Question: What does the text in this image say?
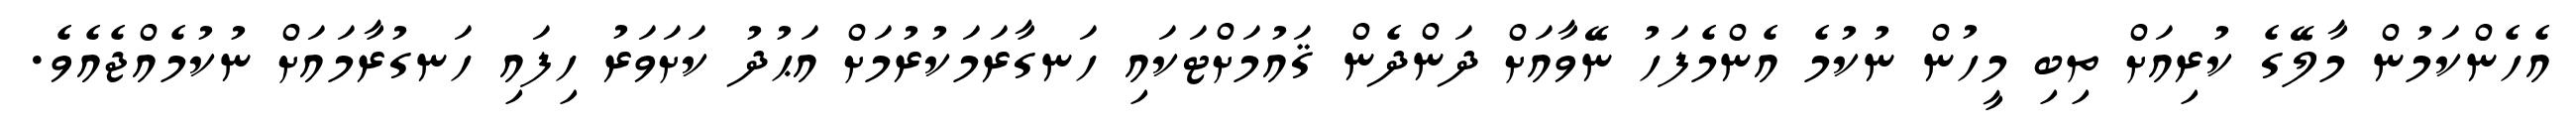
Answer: އެހެންކަމުން މާލޭގެ ކުރިއަށް ތިބި މީހުން ނުކުމެ އެންމެފަހު ނޭވާއަށް ދަންދެން ޤައުމަށްޓަކައި ހަނގާރަމަކުރުމަށް އަޙުދު ކަށަވަރު ހިފައި ހަނގުރާމައަށް ނުކުމެއްޖެއެވެ.